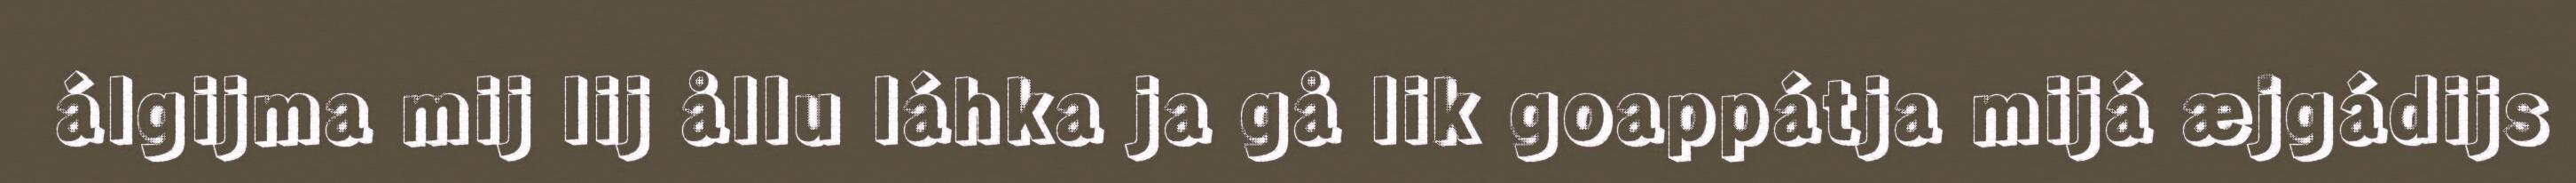
álgijma mij lij ållu láhka ja gå lik goappátja mijá æjgádijs